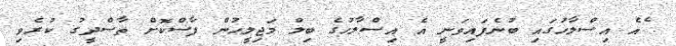
ެއެ އިސްލާހުގައި ބުނެފައިވަނީ އެ އިސްލާހުގެ ބިލް މަޖިލީހުން ފާސްކޮށް ތާސްދީގު ކުރެވި